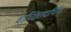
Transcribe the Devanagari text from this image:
वाच्छितदायिनि